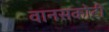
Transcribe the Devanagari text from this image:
वानसकोटी